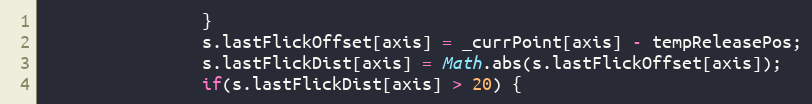
Language: JavaScript
				}
				s.lastFlickOffset[axis] = _currPoint[axis] - tempReleasePos;
				s.lastFlickDist[axis] = Math.abs(s.lastFlickOffset[axis]);
				if(s.lastFlickDist[axis] > 20) {